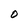
Character: O